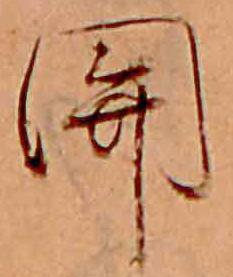
関